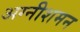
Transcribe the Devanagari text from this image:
अग्नीशमन